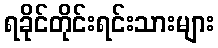
ရခိုင်တိုင်းရင်းသားများ